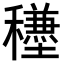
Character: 𥣺